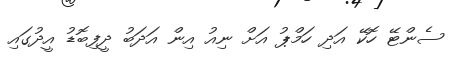
ސެންޓޭ ހޮކޭ އަދި ހަމްޕު އަށް ނިއު އިން އަދަބު ދީފިބޮޑު އީދުގައި